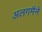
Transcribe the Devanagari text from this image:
अलगमैंने